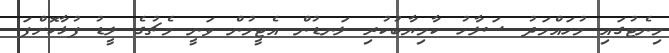
މިނެޓުގައި މުހައްމަދު ސަލާހު ކާމިޔާބުކުރި ލަނޑުން އެޓީމުން ވަނީ މެޗުގެ ލީޑު ފުޅާކޮށްފަ